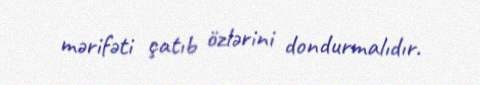
mərifəti çatıb özlərini dondurmalıdır.